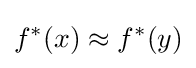
f^{*}(x)\approx f^{*}(y)